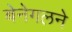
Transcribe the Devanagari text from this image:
बेनेगलने